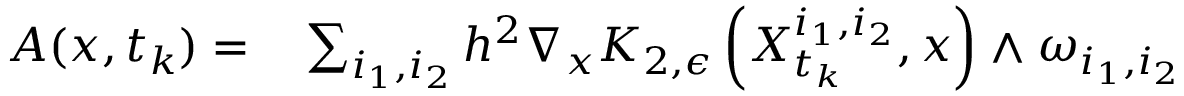
\begin{array} { r l } { A ( x , t _ { k } ) = } & { { } \sum _ { i _ { 1 } , i _ { 2 } } h ^ { 2 } \nabla _ { x } K _ { 2 , \epsilon } \left( X _ { t _ { k } } ^ { i _ { 1 } , i _ { 2 } } , x \right) \wedge \omega _ { i _ { 1 } , i _ { 2 } } } \end{array}